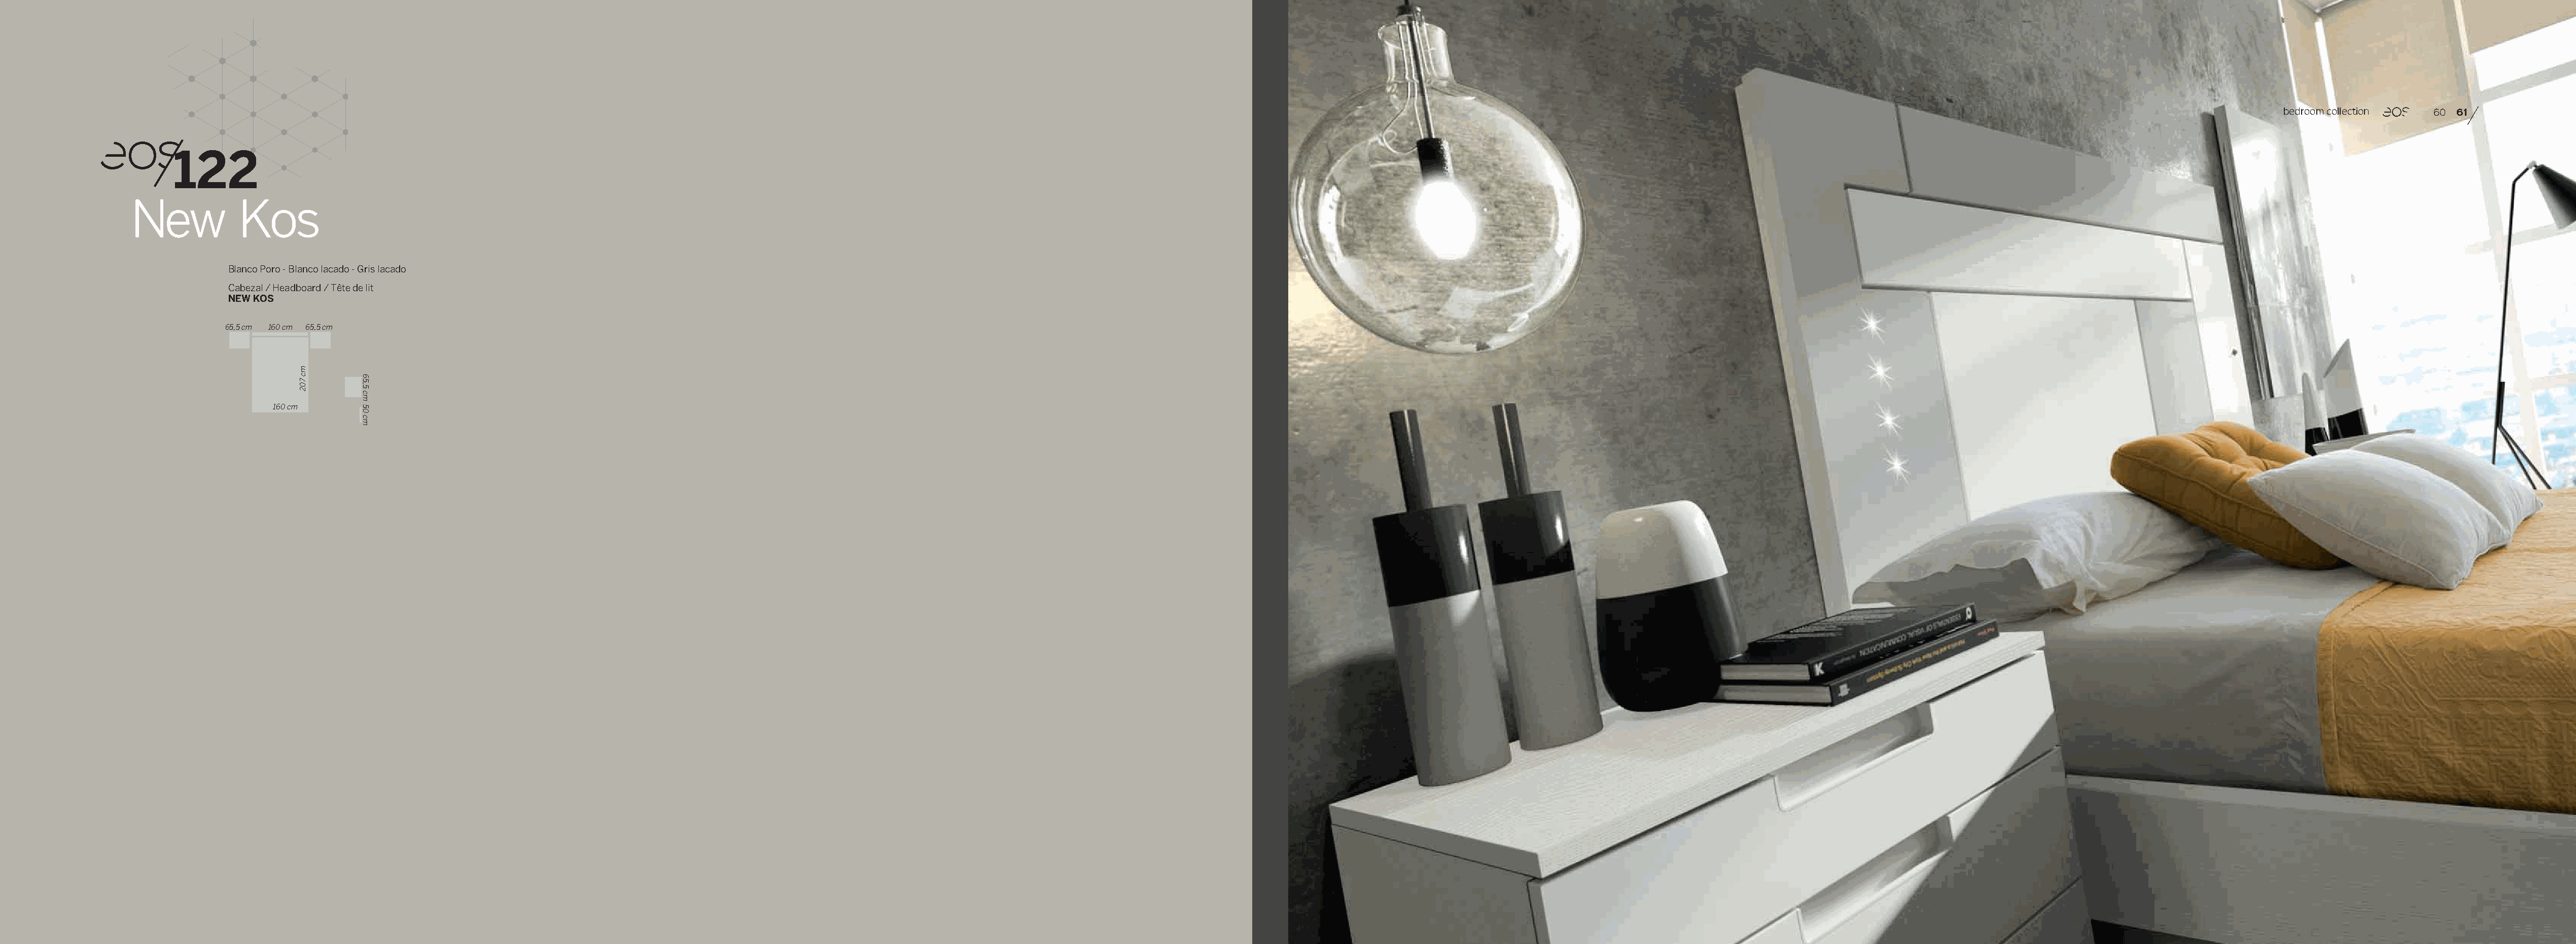
bedroom collection  60 61
 122
 New           Kos
 Blanco Poro - Blanco lacado - Gris lacado
 Cabezal / Headboard / Tête de lit
 NEW KOS
 65,5 cm 160 cm 65,5 cm
 160 cm
 mc
 702
 65,5
 cm50
 cm